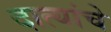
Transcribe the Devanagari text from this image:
दात्यांचे